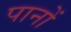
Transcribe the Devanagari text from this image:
पानों